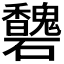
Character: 𥗶